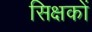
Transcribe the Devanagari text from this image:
सिक्षकों